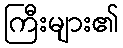
ကြီးများ၏